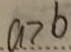
a > b